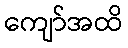
ကျော်အထိ